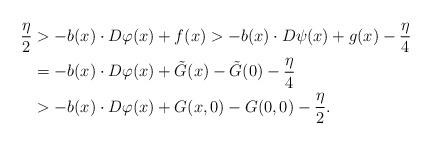
LaTeX: \begin{align*}\frac{\eta}{2} &> - b (x) \cdot D\varphi (x) + f (x) > - b (x) \cdot D\psi (x) + g (x) - \frac{\eta}{4} \\ &= - b (x) \cdot D\varphi (x) + \tilde G(x) - \tilde G(0) -\frac{\eta}{4} \\ &> - b (x) \cdot D\varphi (x) + G(x, 0) - G(0, 0) - \frac{\eta}{2}.\end{align*}